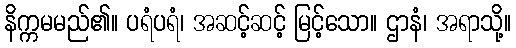
နိက္ကမမည်၏။ ပရံပရံ၊ အဆင့်ဆင့် မြင့်သော။ ဌာနံ၊ အရာသို့။